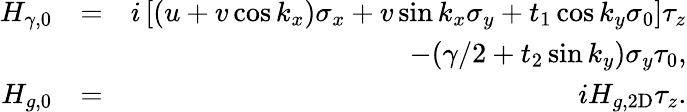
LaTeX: \begin{array}{rlr}{H_{\gamma,0}}&{=}&{i\left[(u+v\cos k_{x})\sigma_{x}+v\sin k_{x}\sigma_{y}+t_{1}\cos k_{y}\sigma_{0}\right]\tau_{z}}\\ &{}&{-(\gamma/2+t_{2}\sin k_{y})\sigma_{y}\tau_{0},}\\ {H_{g,0}}&{=}&{iH_{g,\mathrm{2D}}\tau_{z}.}\end{array}